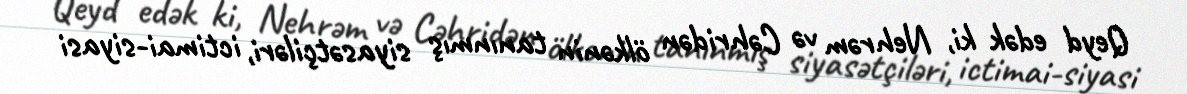
Qeyd edək ki, Nehrəm və Cəhridən ölkənin tanınmış siyasətçiləri, ictimai-siyasi